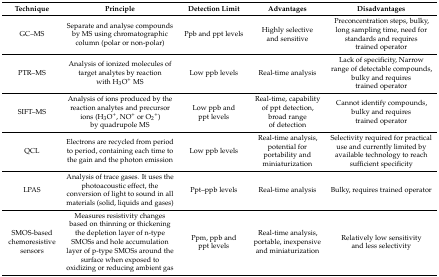
| Technique | Principle | Detection Limit | Advantages | Disadvantages |
 | --- | --- | --- | --- | --- |
 | GC–MS | Separate and analyse compounds by MS using chromatographic column (polar or non-polar) | Ppb and ppt levels | Highly selective and sensitive | Preconcentration steps, bulky, long sampling time, need for standards and requires trained operator |
 | PTR–MS | Analysis of ionized molecules of target analytes by reaction with H3O+ MS | Low ppb levels | Real-time analysis | Lack of specificity, Narrow range of detectable compounds, bulky and requires trained operator |
 | SIFT–MS | Analysis of ions produced by the reaction analytes and precursor ions (H3O+, NO+ or O2+) by quadrupole MS | Low ppb and ppt levels | Real-time, capability of ppt detection, broad range of detection | Cannot identify compounds, bulky and requires trained operator |
 | QCL | Electrons are recycled from period to period, containing each time to the gain and the photon emission | Low ppb levels | Real-time analysis, potential for portability and miniaturization | Selectivity required for practical use and currently limited by available technology to reach sufficient specificity |
 | LPAS | Analysis of trace gases. It uses the photoacoustic effect, the conversion of light to sound in all materials (solid, liquids and gases) | Ppt–ppb levels | Real-time analysis | Bulky, requires trained operator |
 | SMOS-based chemoresistive sensors | Measures resistivity changes based on thinning or thickening the depletion layer of n-type SMOSs and hole accumulation layer of p-type SMOSs around the surface when exposed to oxidizing or reducing ambient gas | Ppm, ppb and ppt levels | Real-time analysis, portable, inexpensive and miniaturization | Relatively low sensitivity and less selectivity |